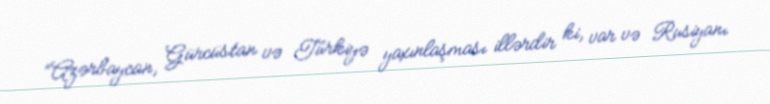
“Azərbaycan, Gürcüstan və Türkiyə yaxınlaşması illərdir ki, var və Rusiyanı